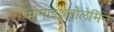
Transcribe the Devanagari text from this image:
मोनाइथेनोलेमिन